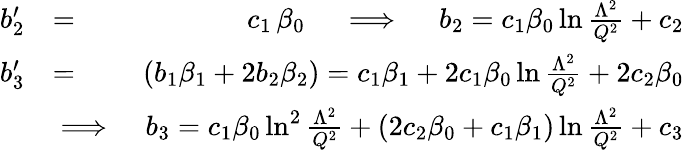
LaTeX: \begin{array}{rlr}{b_{2}^{\prime}}&{=}&{c_{1}\, \beta_{0}\quad\implies\quad b_{2}=c_{1}\beta_{0}\ln{\frac{\Lambda^{2}}{Q^{2}}}+c_{2}}\\ {b_{3}^{\prime}}&{=}&{(b_{1}\beta_{1}+2b_{2}\beta_{2})=c_{1}\beta_{1}+2c_{1}\beta_{0}\ln{\frac{\Lambda^{2}}{Q^{2}}}+2c_{2}\beta_{0}}\\ &{\implies}&{b_{3}=c_{1}\beta_{0}\ln^{2}{\frac{\Lambda^{2}}{Q^{2}}}+(2c_{2}\beta_{0}+c_{1}\beta_{1})\ln{\frac{\Lambda^{2}}{Q^{2}}}+c_{3}}\end{array}